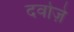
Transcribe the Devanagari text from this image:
दर्वाज़े